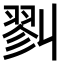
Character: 𢒥